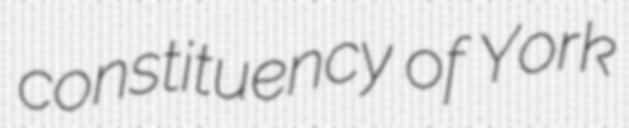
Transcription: constituency of York